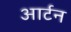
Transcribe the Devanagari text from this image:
आर्टन